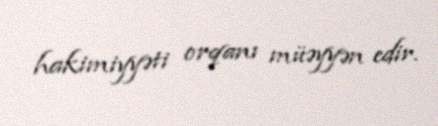
hakimiyyəti orqanı müəyyən edir.